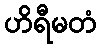
ဟိရီမတံ